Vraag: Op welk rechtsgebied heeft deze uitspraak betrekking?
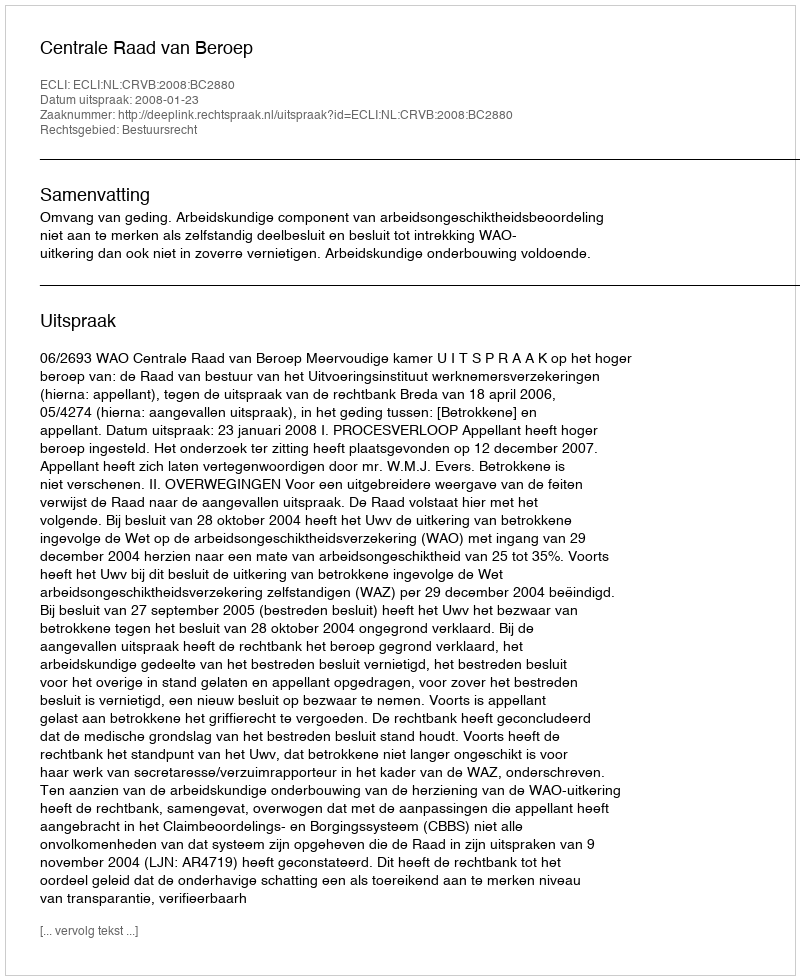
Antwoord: Bestuursrecht